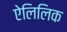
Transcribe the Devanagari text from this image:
ऐलिलिक